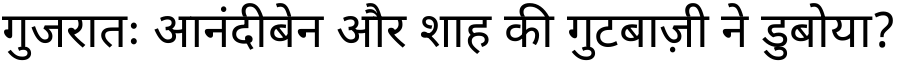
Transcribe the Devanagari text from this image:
गुजरातः आनंदीबेन और शाह की गुटबाज़ी ने डुबोया?